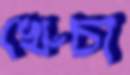
খেঁচা